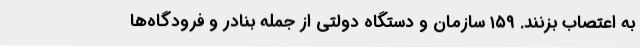
به اعتصاب بزنند. ۱۵۹ سازمان و دستگاه دولتی از جمله بنادر و فرودگاه‌ها